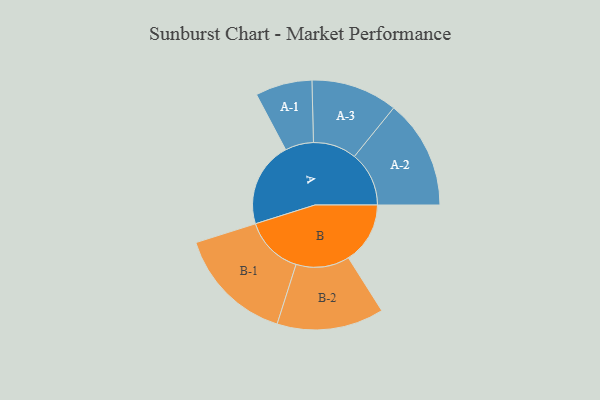
{"axis": {"x": "Segment", "y": "Value"}, "legend": ["", "A", "B"], "data": [{"x": "A", "y": 309, "type": ""}, {"x": "B", "y": 224, "type": ""}, {"x": "A-1", "y": 103, "type": "A"}, {"x": "A-2", "y": 198, "type": "A"}, {"x": "A-3", "y": 157, "type": "A"}, {"x": "B-1", "y": 213, "type": "B"}, {"x": "B-2", "y": 194, "type": "B"}]}